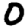
Digit: 0